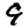
Digit: 9